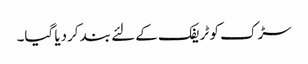
سڑک کو ٹریفک کے لئے بند کردیا گیا۔